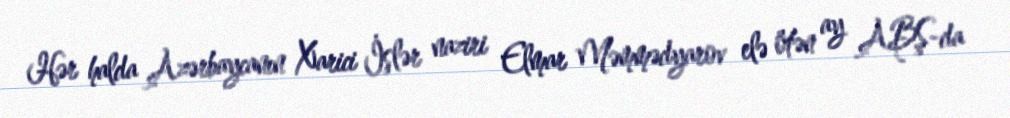
Hər halda Azərbaycanın Xarici İşlər naziri Elmar Məmmədyarov elə ötən ay ABŞ-da